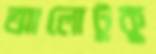
আলোটুকু